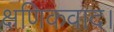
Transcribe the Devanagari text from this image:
क्षणिकवाद।